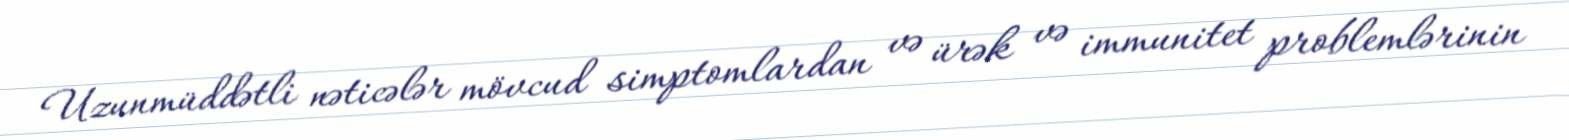
Uzunmüddətli nəticələr mövcud simptomlardan və ürək və immunitet problemlərinin